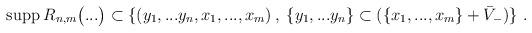
LaTeX: \begin{align*}{\rm supp}\>R_{n,m}\bigl(...\bigr)\subset\{(y_1,...y_n,x_1,...,x_m)\>,\>\{y_1,...y_n\}\subset (\{x_1,...,x_m\}+\bar V_-)\} \ .\end{align*}